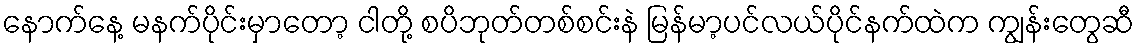
နောက်နေ့ မနက်ပိုင်းမှာတော့ ငါတို့ စပိဘုတ်တစ်စင်းနဲ မြန်မာ့ပင်လယ်ပိုင်နက်ထဲက ကျွန်းတွေဆီ